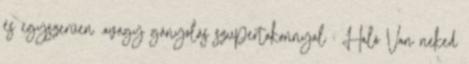
és egyszerűen .avagy gányolás szupertakonnyal : Haló Van neked